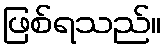
ဖြစ်ရသည်။